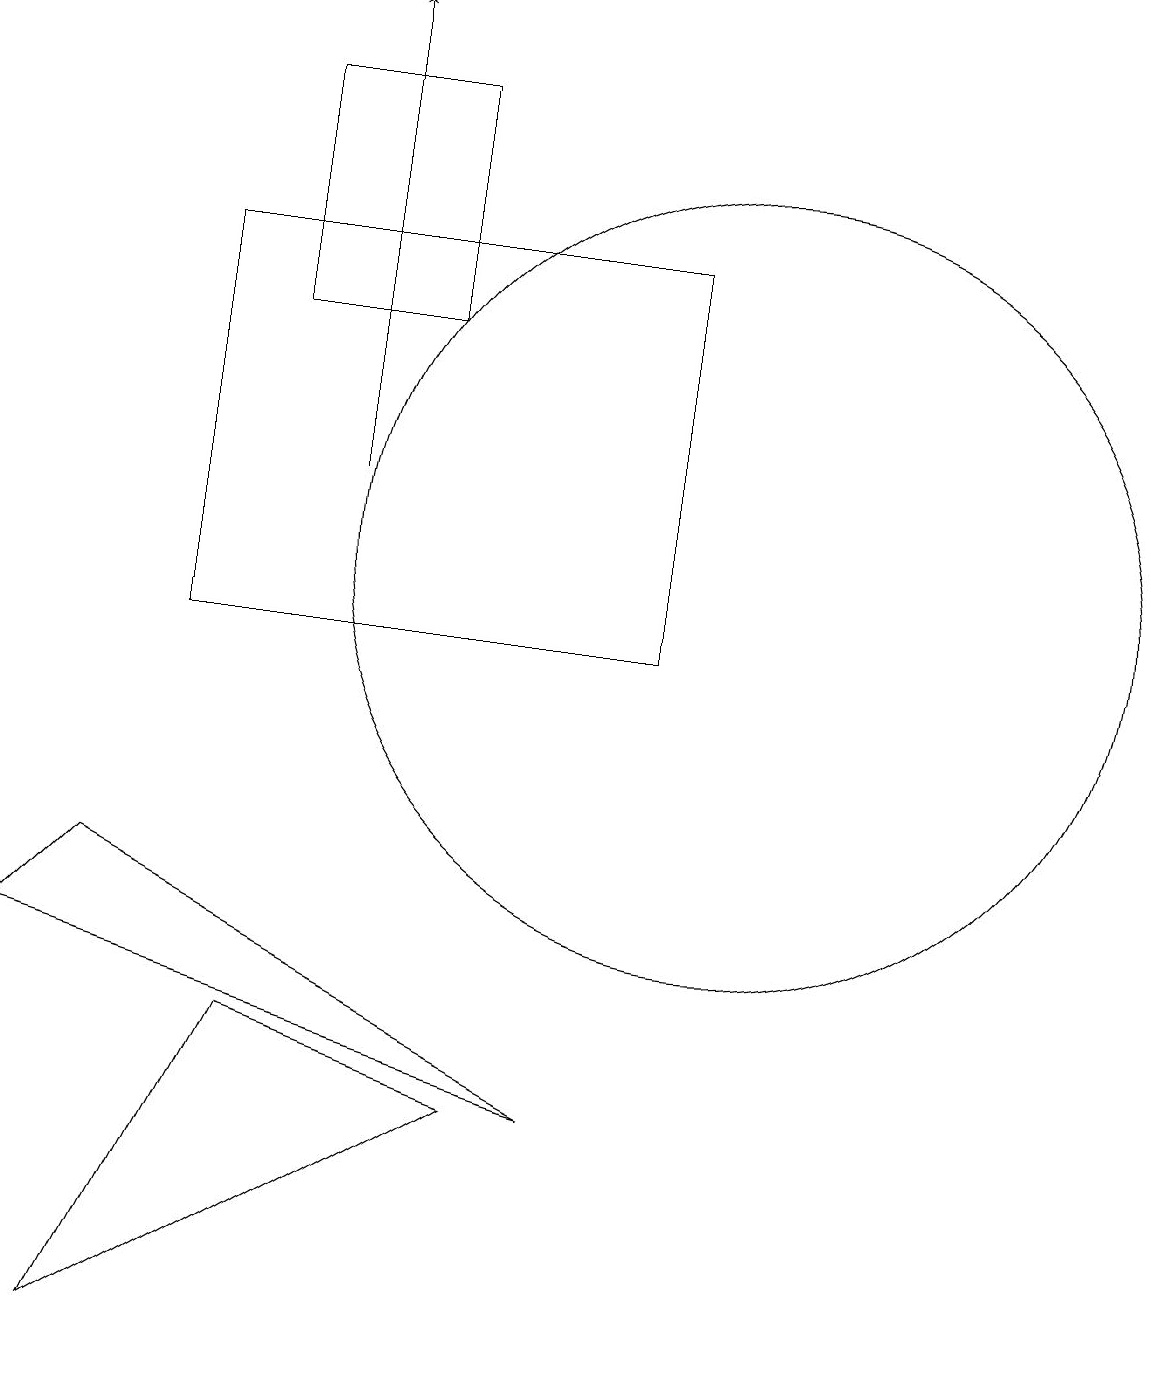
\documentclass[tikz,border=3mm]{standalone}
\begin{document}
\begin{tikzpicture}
\draw (10,12) circle (5);
\draw (4,18) rectangle (6,15);
\draw[->] (5,13) -- (5,19);
\draw (7,5) -- (2,2) -- (4,6) -- cycle;
\draw (3,16) rectangle (9,11);
\draw (2,8) -- (8,5) -- (1,7) -- cycle;
\draw (10,10) circle (0);
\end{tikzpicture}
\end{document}